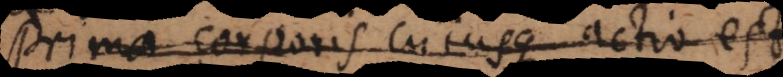
Prima corporis cujusque actio est